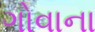
ગોવાના